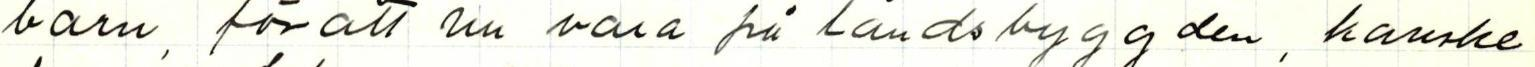
barn, för att nu vara på landsbyggden, kanske